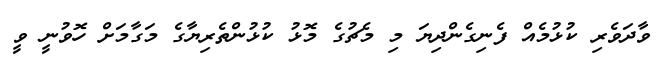
ވާދަވެރި ކުޅުމެއް ފެނިގެންދިޔަ މި މެޗުގެ މޮޅު ކުޅުންތެރިޔާގެ މަގާމަށް ހޮވުނީ ވީ